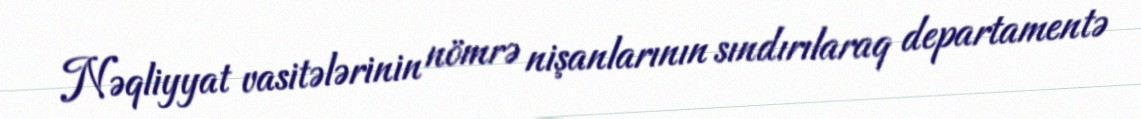
Nəqliyyat vasitələrinin nömrə nişanlarının sındırılaraq departamentə